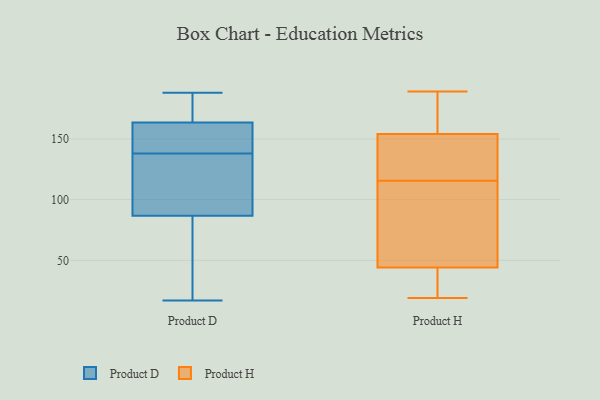
{"axis": {"x": "Backlog", "y": "Value"}, "legend": ["Product D", "Product H"], "data": [{"x": "", "y": 133, "type": "Product D"}, {"x": "", "y": 17, "type": "Product D"}, {"x": "", "y": 110, "type": "Product D"}, {"x": "", "y": 188, "type": "Product D"}, {"x": "", "y": 79, "type": "Product D"}, {"x": "", "y": 38, "type": "Product D"}, {"x": "", "y": 74, "type": "Product D"}, {"x": "", "y": 150, "type": "Product D"}, {"x": "", "y": 138, "type": "Product D"}, {"x": "", "y": 165, "type": "Product D"}, {"x": "", "y": 181, "type": "Product D"}, {"x": "", "y": 152, "type": "Product D"}, {"x": "", "y": 159, "type": "Product D"}, {"x": "", "y": 174, "type": "Product D"}, {"x": "", "y": 121, "type": "Product D"}, {"x": "", "y": 69, "type": "Product H"}, {"x": "", "y": 104, "type": "Product H"}, {"x": "", "y": 127, "type": "Product H"}, {"x": "", "y": 154, "type": "Product H"}, {"x": "", "y": 171, "type": "Product H"}, {"x": "", "y": 26, "type": "Product H"}, {"x": "", "y": 19, "type": "Product H"}, {"x": "", "y": 44, "type": "Product H"}, {"x": "", "y": 131, "type": "Product H"}, {"x": "", "y": 189, "type": "Product H"}]}